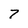
Character: 7